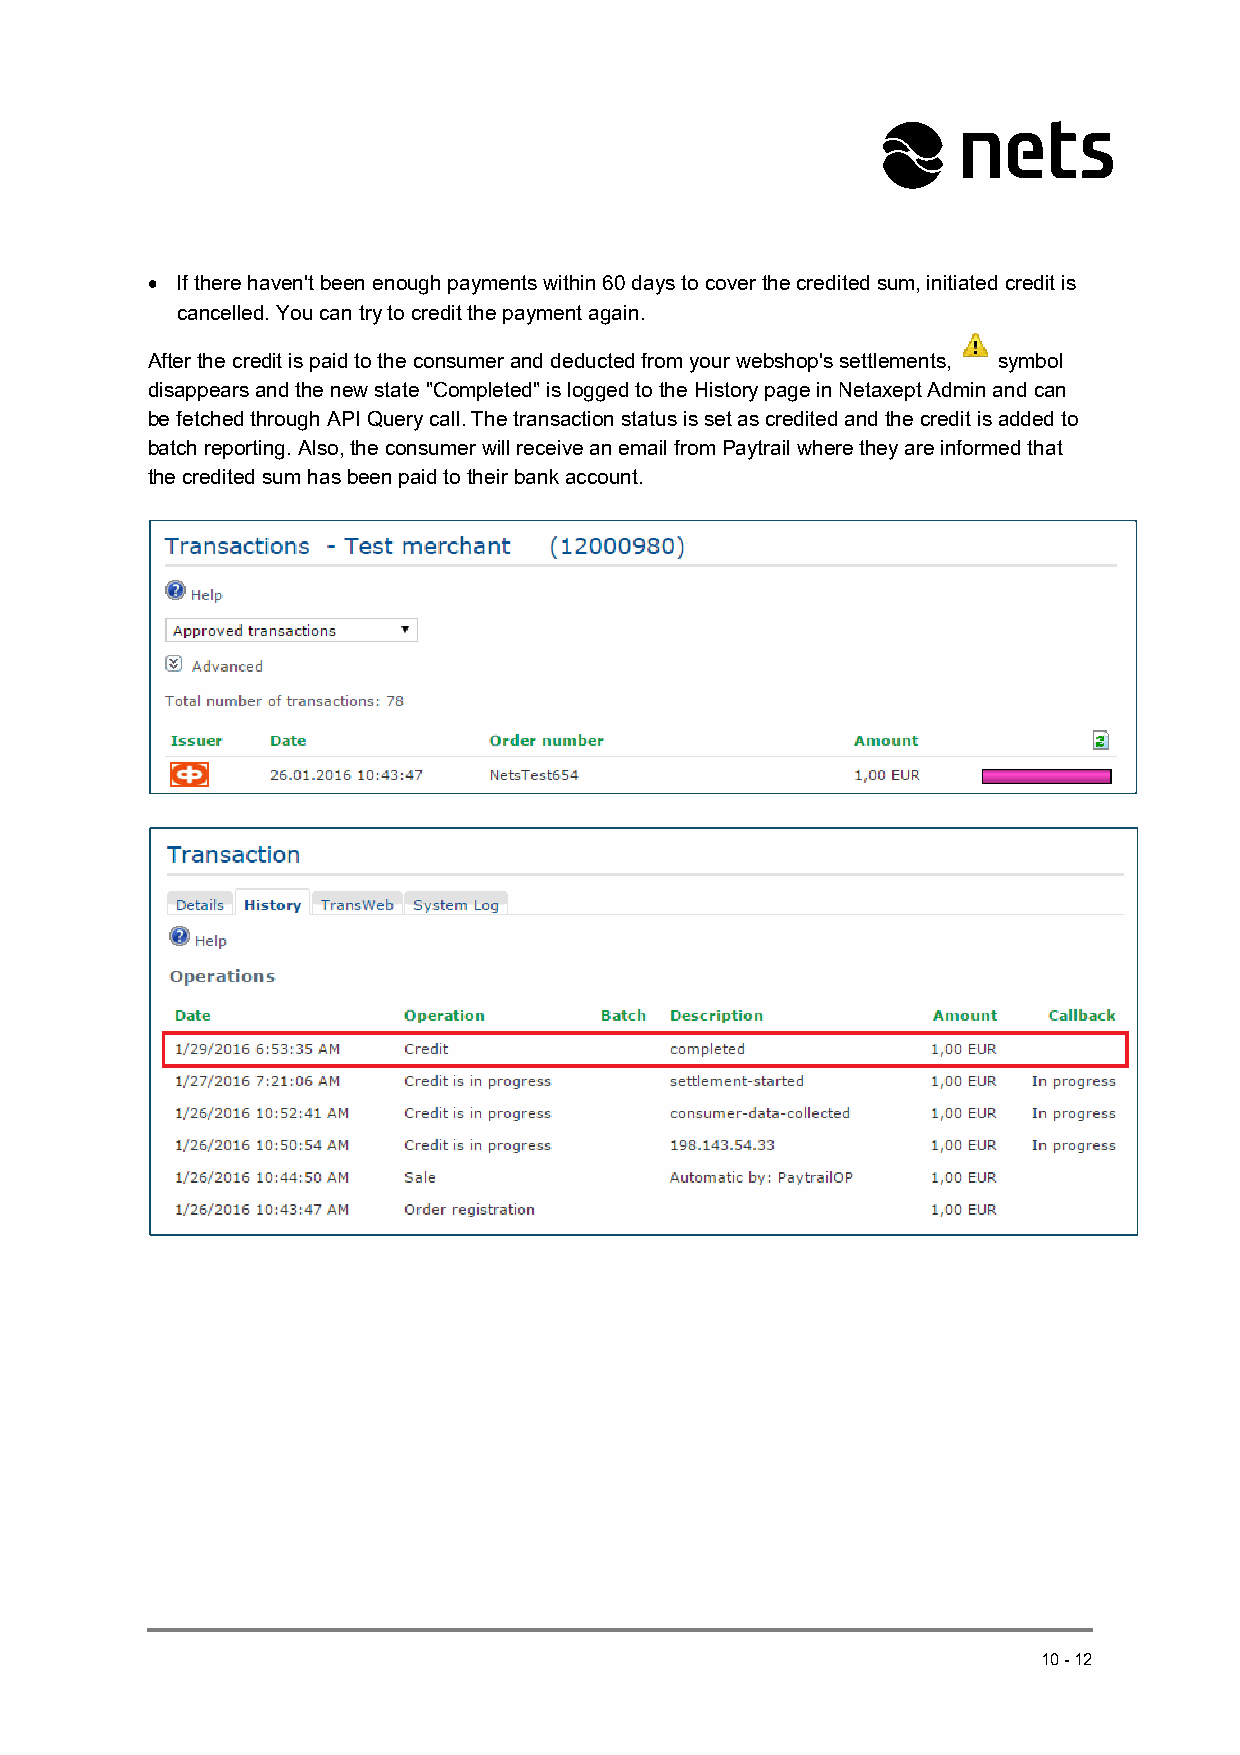
 If there haven't been enough payments within 60 days to cover the credited sum, initiated credit is
 cancelled. You can try to credit the payment again.
 After the credit is paid to the consumer and deducted from your webshop's settlements, symbol
 disappears and the new state "Completed" is logged to the History page in Netaxept Admin and can
 be fetched through API Query call. The transaction status is set as credited and the credit is added to
 batch reporting. Also, the consumer will receive an email from Paytrail where they are informed that
 the credited sum has been paid to their bank account.
 10-12